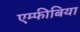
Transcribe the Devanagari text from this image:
एम्फीबिया